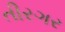
તીરગર